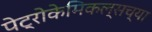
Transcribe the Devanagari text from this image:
पेट्रोकेमिकल्सच्या